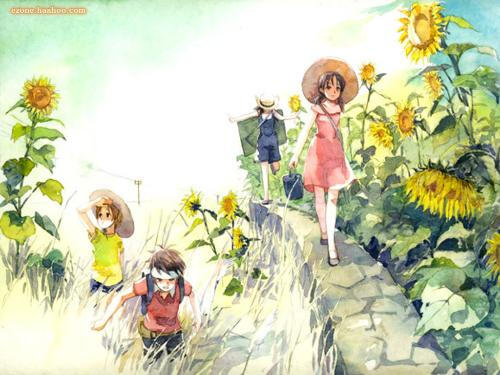
更无柳絮因风起，惟有葵花向日倾。